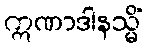
ဣဏာဒါနသ္မိံ